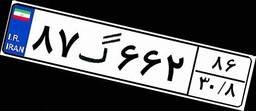
۸۷گ۶۶۲۸۶